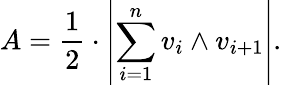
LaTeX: A={\frac{1}{2}}\cdot\left|\sum_{i=1}^{n}v_{i}\wedge v_{i+1}\right|.